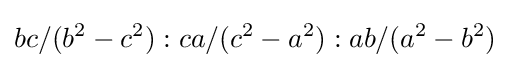
bc/(b^{2}-c^{2}):ca/(c^{2}-a^{2}):ab/(a^{2}-b^{2})